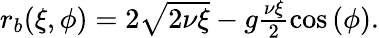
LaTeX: \begin{array}{r}{r_{b}(\xi,\phi)=2\sqrt{2\nu\xi}-g\frac{\nu\xi}{2}\cos\left(\phi\right).}\end{array}